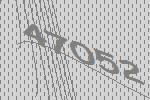
47052